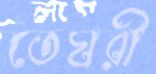
তেঘরী